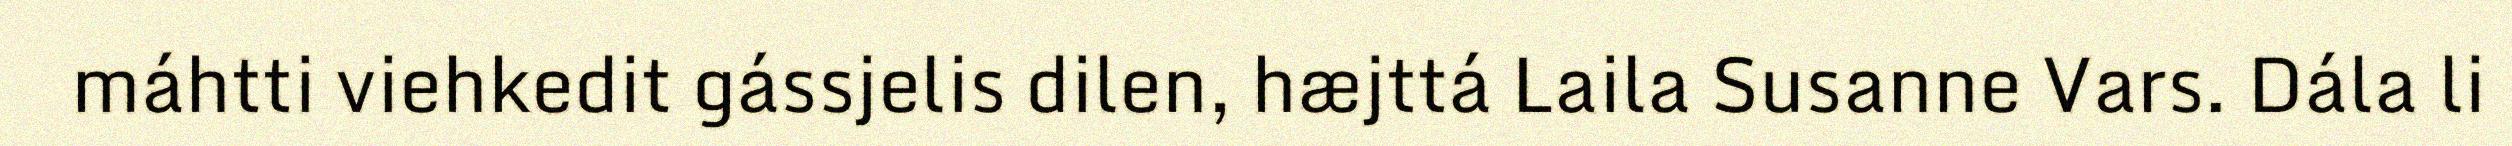
máhtti viehkedit gássjelis dilen, hæjttá Laila Susanne Vars. Dála li